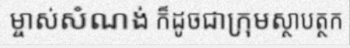
ម្ចាស់សំណង់ ក៏ដូចជាក្រុមស្ថាបត្ថក